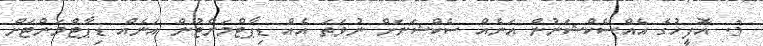
3. އޮފީހުގެ އެއްސެކްޝަނުން އަނެއް ސެކްޝަނަށް ނުވަތަ އެއް ޑިޕާޓްމަންޓުން އަނެއް ޑިޕާޓްމަންޓަށް